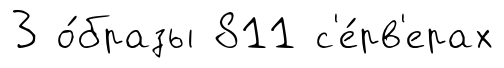
3 о́бразы 811 с'е́рв'ерах